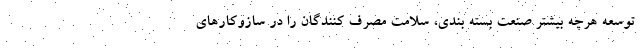
توسعه هرچه بیشتر صنعت بسته بندی، سلامت مصرف کنندگان را در سازوکارهای